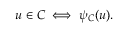
u \in C \iff \psi _ { C } ( u ) .